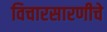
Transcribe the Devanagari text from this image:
विचारसारणीचे